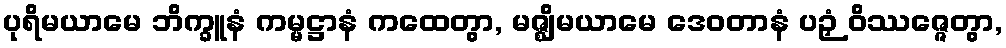
ပုရိမယာမေ ဘိက္ခူနံ ကမ္မဋ္ဌာနံ ကထေတွာ, မဇ္ဈိမယာမေ ဒေဝတာနံ ပဉှံ ဝိဿဇ္ဇေတွာ,